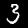
Label: 3